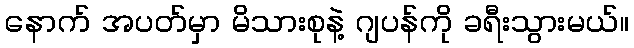
နောက် အပတ်မှာ မိသားစုနဲ့ ဂျပန်ကို ခရီးသွားမယ်။